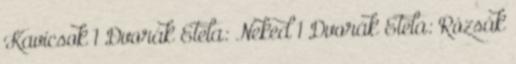
Kavicsok 1 Dvorák Etela: Neked 1 Dvorák Etela: Rózsák